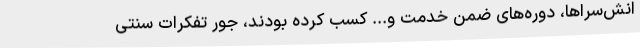
انش‌سراها، دوره‌های ضمن خدمت و... کسب کرده بودند، جور تفکرات سنتی